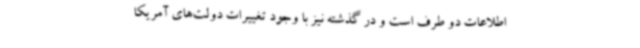
اطلاعات دو طرف است و در گذشته نیز با وجود تغییرات دولت‌های آمریکا